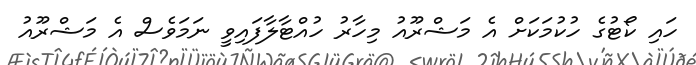
ހައި ކޯޓުގެ ހުކުމަކަށް އެ މަޝްރޫއު މިހާރު ހުއްޓާލާފައިވީ ނަމަވެސް އެ މަޝްރޫއު